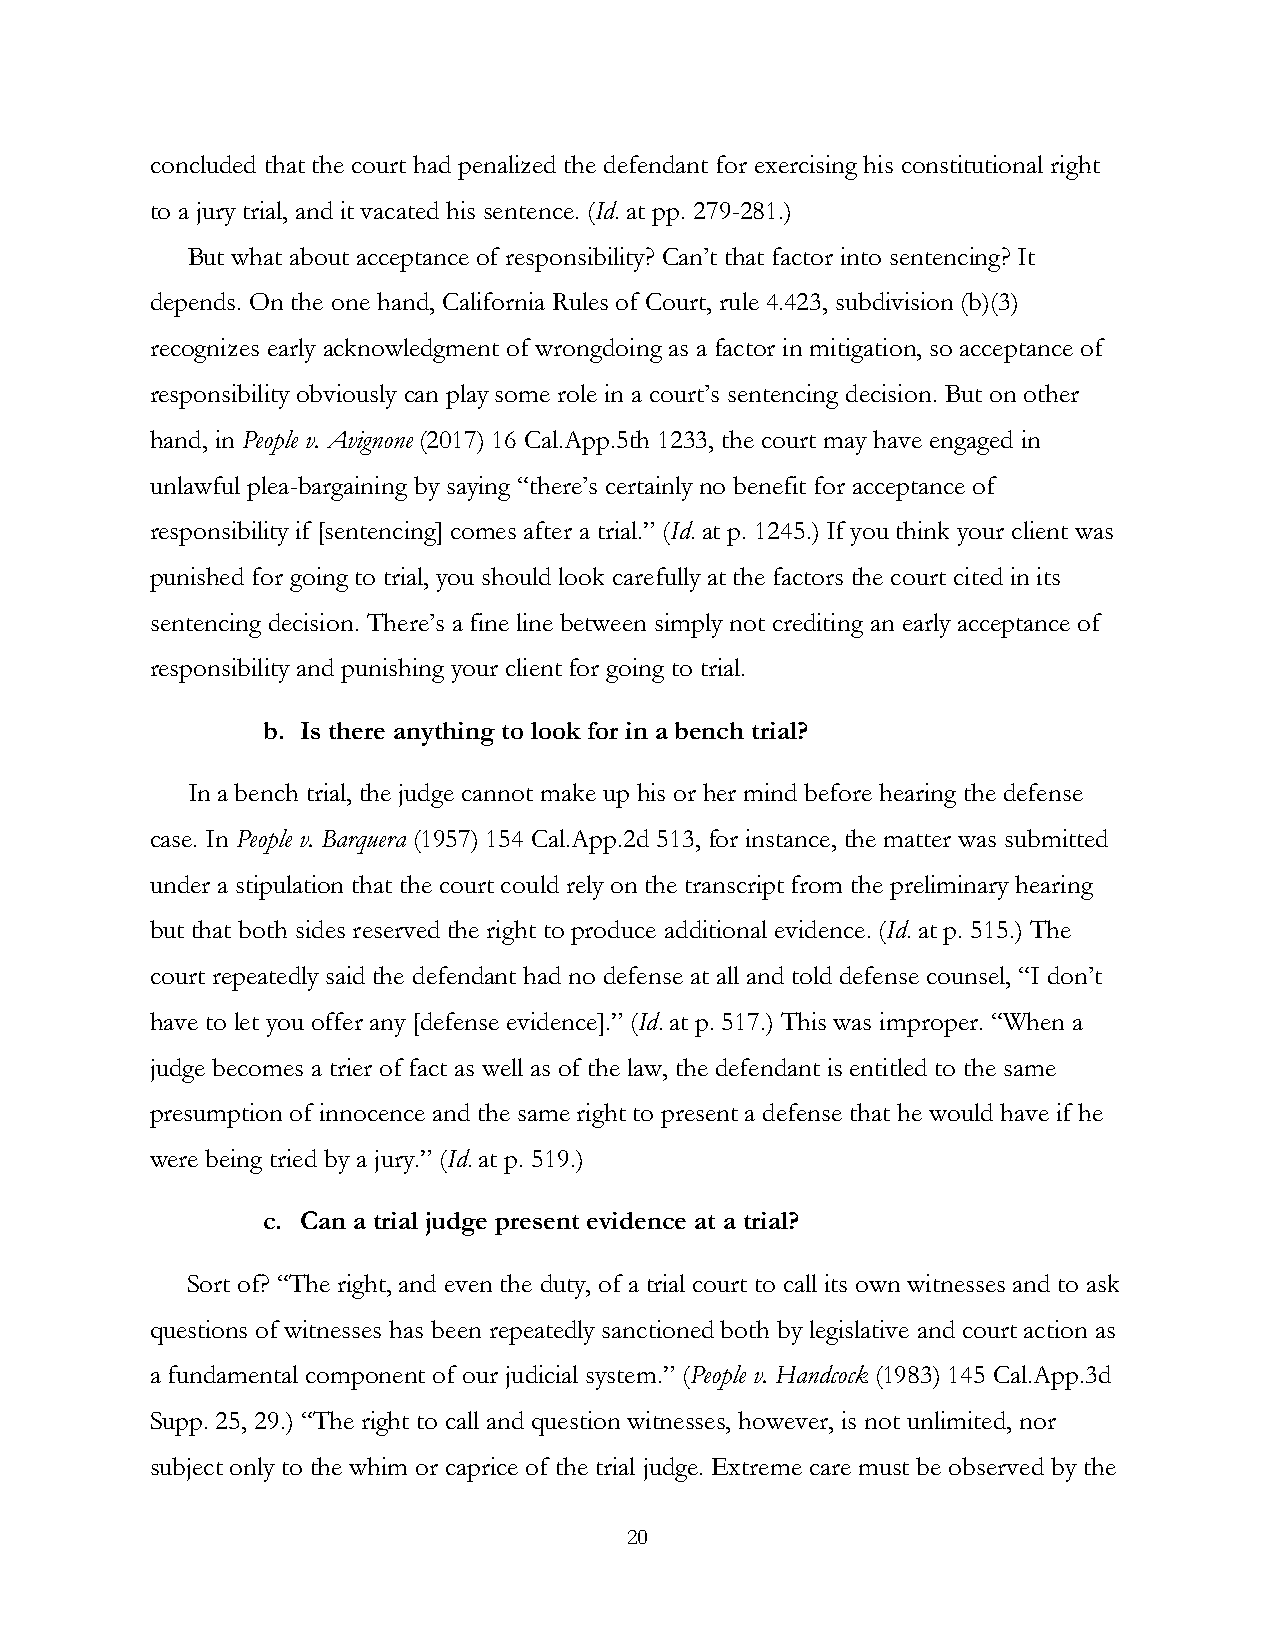
concluded that the court had penalized the defendant for exercising his constitutional right
 to a jury trial, and it vacated his sentence. (Id. at pp. 279-281.)
 But what about acceptance of responsibility? Can’t that factor into sentencing? It
 depends. On the one hand, California Rules of Court, rule 4.423, subdivision (b)(3)
 recognizes early acknowledgment of wrongdoing as a factor in mitigation, so acceptance of
 responsibility obviously can play some role in a court’s sentencing decision. But on other
 hand, in People v. Avignone (2017) 16 Cal.App.5th 1233, the court may have engaged in
 unlawful plea-bargaining by saying “there’s certainly no benefit for acceptance of
 responsibility if [sentencing] comes after a trial.” (Id. at p. 1245.) If you think your client was
 punished for going to trial, you should look carefully at the factors the court cited in its
 sentencing decision. There’s a fine line between simply not crediting an early acceptance of
 responsibility and punishing your client for going to trial.
 b. Is there anything to look for in a bench trial?
 In a bench trial, the judge cannot make up his or her mind before hearing the defense
 case. In People v. Barquera (1957) 154 Cal.App.2d 513, for instance, the matter was submitted
 under a stipulation that the court could rely on the transcript from the preliminary hearing
 but that both sides reserved the right to produce additional evidence. (Id. at p. 515.) The
 court repeatedly said the defendant had no defense at all and told defense counsel, “I don’t
 have to let you offer any [defense evidence].” (Id. at p. 517.) This was improper. “When a
 judge becomes a trier of fact as well as of the law, the defendant is entitled to the same
 presumption of innocence and the same right to present a defense that he would have if he
 were being tried by a jury.” (Id. at p. 519.)
 c. Can a trial judge present evidence at a trial?
 Sort of? “The right, and even the duty, of a trial court to call its own witnesses and to ask
 questions of witnesses has been repeatedly sanctioned both by legislative and court action as
 a fundamental component of our judicial system.” (People v. Handcock (1983) 145 Cal.App.3d
 Supp. 25, 29.) “The right to call and question witnesses, however, is not unlimited, nor
 subject only to the whim or caprice of the trial judge. Extreme care must be observed by the
 20